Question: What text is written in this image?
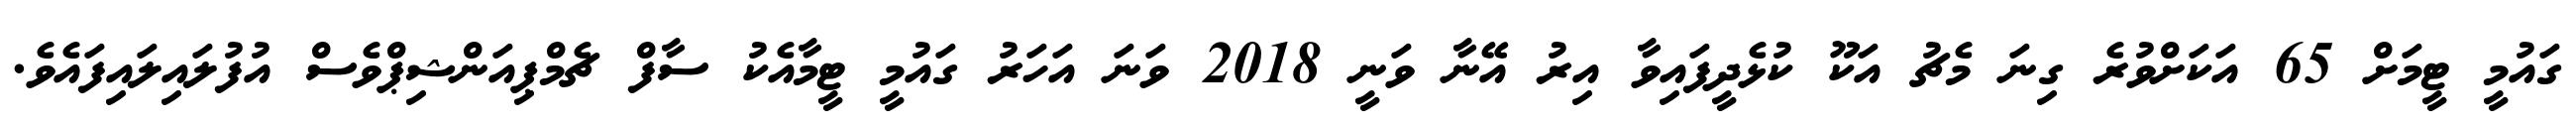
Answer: ގައުމީ ޓީމަށް 65 އަކަށްވުރެ ގިނަ މެޗު އަކޫ ކުޅެދީފައިވާ އިރު އޭނާ ވަނީ 2018 ވަނަ އަހަރު ގައުމީ ޓީމާއެކު ސާފް ޗެމްޕިއަންޝިޕްވެސް އުފުލައިލައިފައެވެ.